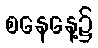
စနေနေ့၌